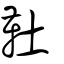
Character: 靯